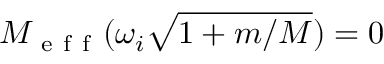
M _ { \mathrm { ~ e ~ f ~ f ~ } } ( \omega _ { i } \sqrt { 1 + m / M } ) = 0